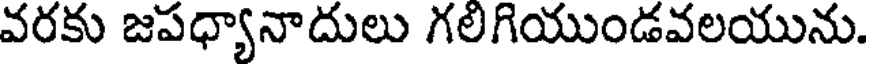
వరకు జపధ్యానాదులు గలిగియుండవలయును.